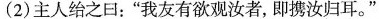
(2)主人给之日：”我友有欲观汝者，即携汝归耳。